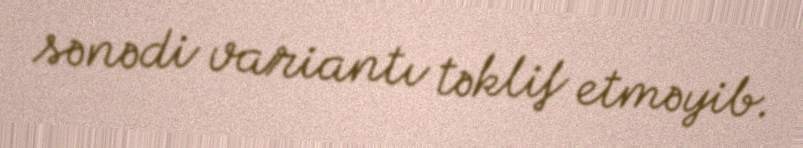
sənədi variantı təklif etməyib.